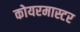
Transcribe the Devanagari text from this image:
कोयरमास्टर